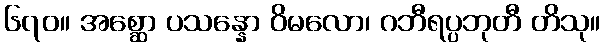
၆၇၀။ အစ္ဆော ပသန္နော ဝိမလော၊ ဂဘီရပ္ပဘုတီ တိသု။